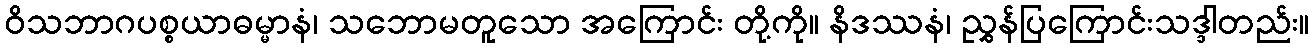
ဝိသဘာဂပစ္စယာဓမ္မာနံ၊ သဘောမတူသော အကြောင်း တို့ကို။ နိဒဿနံ၊ ညွှန်ပြကြောင်းသဒ္ဒါတည်း။